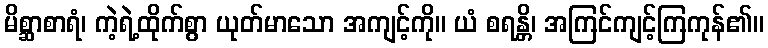
မိစ္ဆာစာရံ၊ ကဲ့ရဲ့ထိုက်စွာ ယုတ်မာသော အကျင့်ကို။ ယံ စရန္တိ၊ အကြင်ကျင့်ကြကုန်၏။